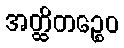
အတ္ထိတဉ္စေဝ